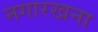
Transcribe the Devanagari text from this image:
नगारखना